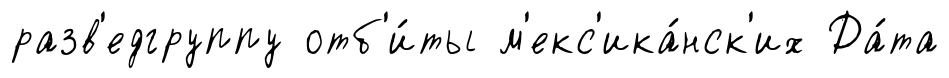
разв'едгруппу отб'и́ты м'екс'ика́нск'их Да́та